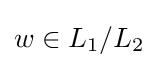
w\in L_{1}/L_{2}